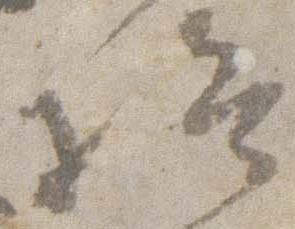
給